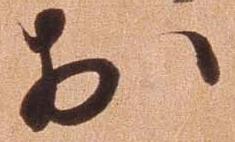
於